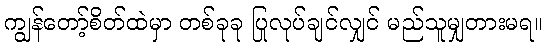
ကျွန်တော့်စိတ်ထဲမှာ တစ်ခုခု ပြုလုပ်ချင်လျှင် မည်သူမျှတားမရ။